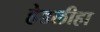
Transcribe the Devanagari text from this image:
हेडलीहा